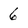
Character: 6